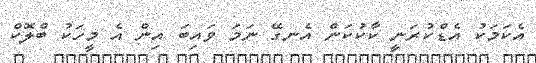
އެކަމަކު އެޑްކުރަނީ ކާކުކަން އެނގޭ ނަމަ ވައިބަ އިން އެ މީހަކު ބްލޮކް